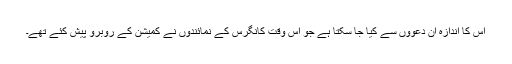
اس کا اندازہ اُن دعووں سے کیا جا سکتا ہے جو اس وقت کانگرس کے نمائندوں نے کمیشن کے روبرو پیش کئے تھے۔